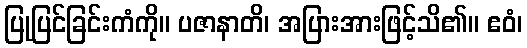
ပြုပြင်ခြင်းကံကို။ ပဇာနာတိ၊ အပြားအားဖြင့်သိ၏။ ဧဝံ၊